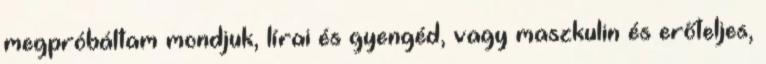
megpróbáltam mondjuk, lírai és gyengéd, vagy maszkulin és erőteljes,